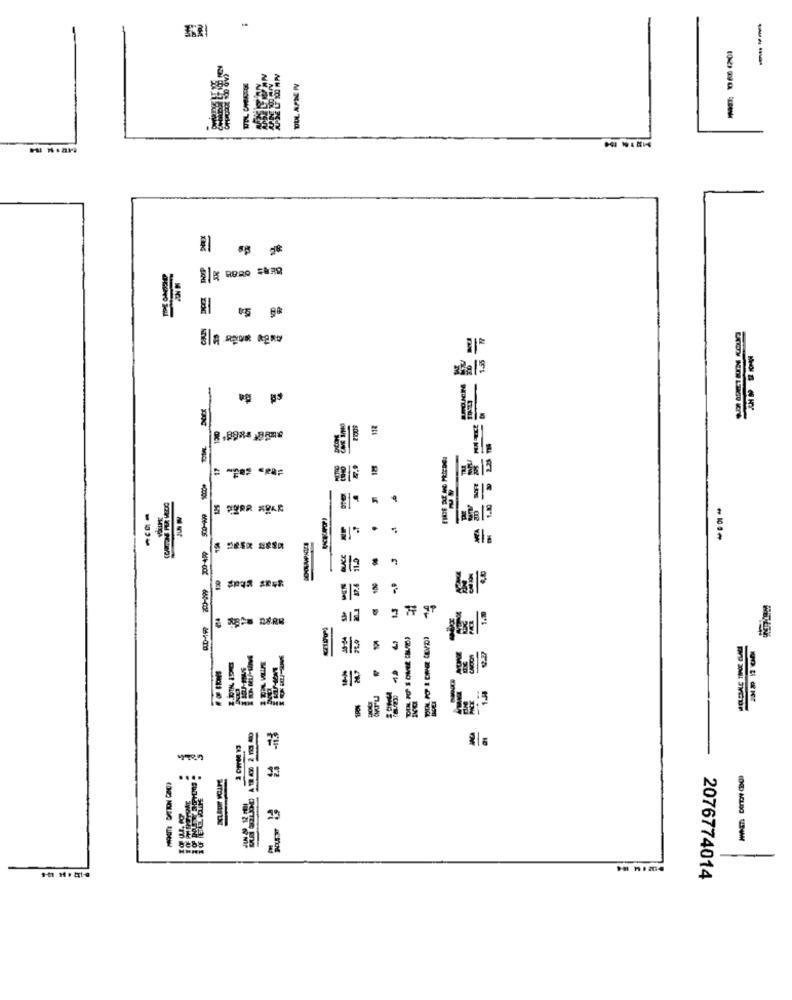
---
Ela spust agne
ana19
112
41/3
66%-002 660-002
279
33
2076774014